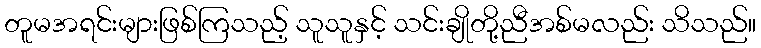
တူမအရင်းများဖြစ်ကြသည့် သူသူနှင့် သင်းချိုတို့ညီအစ်မလည်း သိသည်။